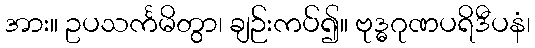
အား။ ဥပသင်္ကမိတွာ၊ ချဉ်းကပ်၍။ ဗုဒ္ဓဂုဏပရိဒီပနံ၊